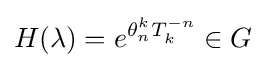
H(\lambda )=e^{\theta _{n}^{k}T_{k}^{-n}}\in G